Indian journal of veterinary science and animal husbandry - Volume 10,
Year: 1940
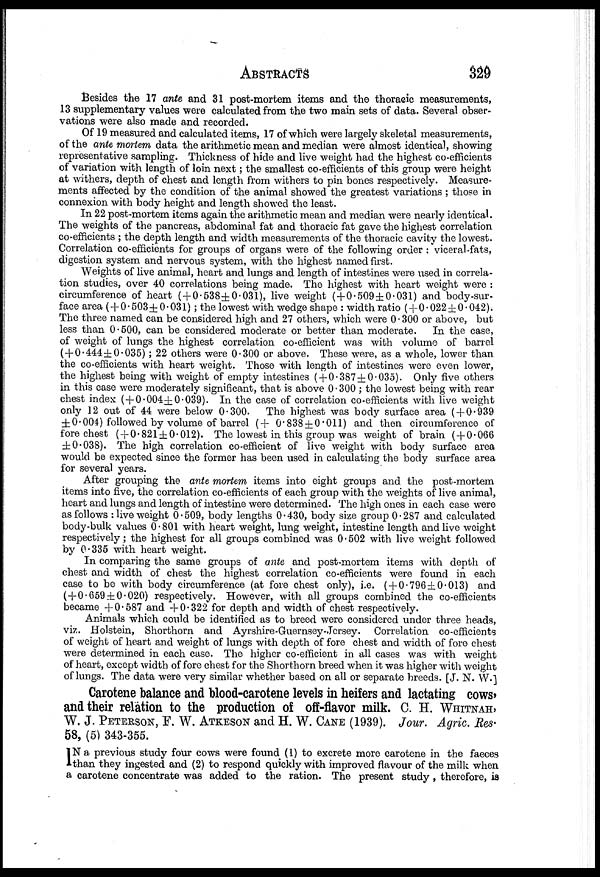
ABSTRACTS
329
Besides the 17 ante and 31 post-mortem items and the thoracic measurements,
13 supplementary values were calculated from the two main sets of data. Several obser-
vations were also made and recorded.
Of 19 measured and calculated items, 17 of which were largely skeletal measurements,
of the ante mortem data the arithmetic mean and median were almost identical, showing
representative sampling. Thickness of hide and live weight had the highest co-efficients
of variation with length of loin next ; the smallest co-efficients of this group were height
at withers, depth of chest and length from withers to pin bones respectively. Measure-
ments affected by the condition of the animal showed the greatest variations ; those in
connexion with body height and length showed the least.
In 22 post-mortem items again the arithmetic mean and median were nearly identical.
The weights of the pancreas, abdominal fat and thoracic fat gave the highest correlation
co-efficients ; the depth length and width measurements of the thoracic cavity the lowest.
Correlation co-efficients for groups of organs were of the following order : viceral-fats,
digestion system and nervous system, with the highest named first.
Weights of live animal, heart and lungs and length of intestines were used in correla-
tion studies, over 40 correlations being made. The highest with heart weight were :
circumference of heart ( + 0.538±0.031), live weight ( + 0.509 ± 0.031) and body-sur-
face area (+ 0.503 ± 0.031); the lowest with wedge shape : width ratio (+ 0.022 ± 0.042).
The three named can be considered high and 27 others, which were 0.300 or above, but
less than 0.500, can be considered moderate or better than moderate.
In the case,
of weight of lungs the highest correlation co-efficient was with volume of barrel
( + 0.444±0.035) ; 22 others were 0.300 or above. These were, as a whole, lower than
the co-efficients with heart weight. Those with length of intestines were even lower,
the highest being with weight of empty intestines ( + 0.387 ± 0.035). Only five others
in this case were moderately significant, that is above 0.300 ; the lowest being with rear
chest index (+0.004±0.039). In the case of correlation co-efficients with live weight
only 12 out of 44 were below 0.300.
The highest was body surface area ( + 0.939
±0.004) followed by volume of barrel ( + 0.838 ± 0.011) and then circumference of
fore chest ( + 0.821 ± 0.012). The lowest in this group was weight of brain ( + 0.066
±0.038). The high correlation co-efficient of live weight with body surface area
would be expected since the former has been used in calculating the body surface area
for several years.
After grouping the ante mortem items into eight groups and the post-mortem
items into five, the correlation co-efficients of each group with the weights of live animal,
heart and lungs and length of intestine were determined. The high ones in each case were
as follows : live weight 0.509, body lengths 0.430, body size group 0.287 and calculated
body-bulk values 0.801 with heart weight, lung weight, intestine length and live weight
respectively; the highest for all groups combined was 0.502 with live weight followed
by 0.335 with heart weight.
In comparing the same groups of ante and post-mortem items with depth of
chest and width of chest the highest correlation co-efficients were found in each
case to be with body circumference (at fore chest only), i.e. ( + 0.796 ± 0.013) and
(+0.659 ± 0.020) respectively. However, with all groups combined the co-efficients
became + 0.587 and + 0.322 for depth and width of chest respectively.
Animals which could be identified as to breed were considered under three heads,
viz. Holstein, Shorthorn and Ayrshire-Guernsey-Jersey. Correlation co-efficients
of weight of heart and weight of lungs with depth of fore chest and width of fore chest
were determined in each case. The higher co-efficient in all cases was with weight
of heart, except width of fore chest for the Shorthorn breed when it was higher with weight
of lungs. The data were very similar whether based on all or separate breeds. [J. N. W.]
Carotene balance and blood-carotene levels in heifers and lactating cows,
and their relation to the production of off-flavor milk. C. H. WHITNAH,
W. J. PETERSON, F. W. ATKESON and H. W. CANE (1939). Jour. Agric. Res.
58, (5) 343-355.
I N a previous study four cows were found (1) to excrete more carotene in the faeces
than they ingested and (2) to respond quickly with improved flavour of the milk when
a carotene concentrate was added to the ration. The present study , therefore, is